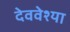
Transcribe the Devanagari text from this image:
देववेश्या